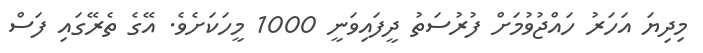
މިދިޔަ އަހަރު ހައްޖުވުމަށް ފުރުސަތު ދީފައިވަނީ 1000 މީހަކަށެވެ. އޭގެ ތެރޭގައި ފަސް